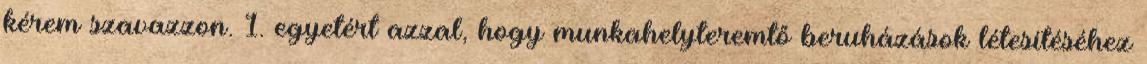
kérem szavazzon. 1. egyetért azzal, hogy munkahelyteremtő beruházások létesítéséhez